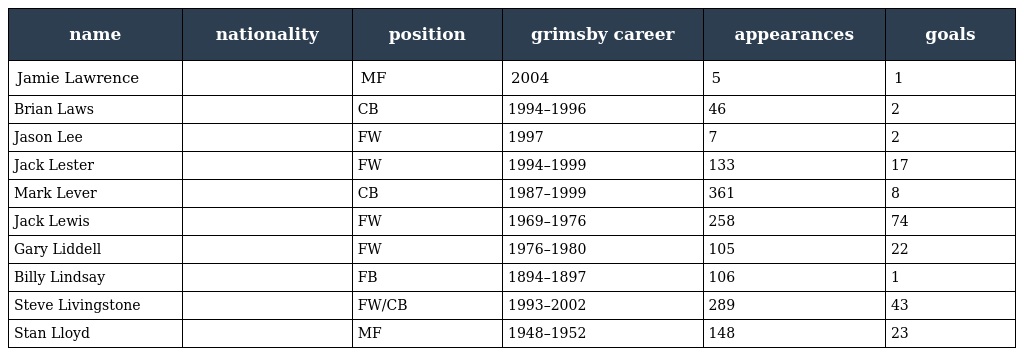
| name | nationality | position | grimsby career | appearances | goals |
 | --- | --- | --- | --- | --- | --- |
 | Jamie Lawrence |  | MF | 2004 | 5 | 1 |
 | Brian Laws |  | CB | 1994–1996 | 46 | 2 |
 | Jason Lee |  | FW | 1997 | 7 | 2 |
 | Jack Lester |  | FW | 1994–1999 | 133 | 17 |
 | Mark Lever |  | CB | 1987–1999 | 361 | 8 |
 | Jack Lewis |  | FW | 1969–1976 | 258 | 74 |
 | Gary Liddell |  | FW | 1976–1980 | 105 | 22 |
 | Billy Lindsay |  | FB | 1894–1897 | 106 | 1 |
 | Steve Livingstone |  | FW/CB | 1993–2002 | 289 | 43 |
 | Stan Lloyd |  | MF | 1948–1952 | 148 | 23 |